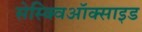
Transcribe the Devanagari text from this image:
सेस्क्विऑक्साइड